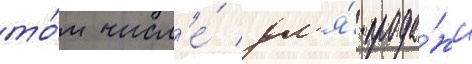
то́м числ'е́ дл'я́ прода́жи